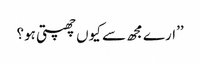
’’ارے مجھ سے کیوں چھپتی ہو؟